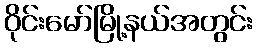
ဝိုင်းမော်မြို့နယ်အတွင်း